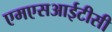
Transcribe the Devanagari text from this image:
एमएसआईटीसी